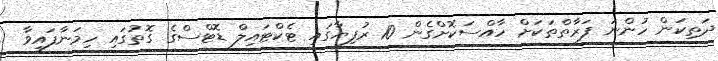
ދަތިކަން ހުންނަ ފަރާތްތަކަށް ހާއްސަކޮށްގެން 10 ރުފިޔާގައި ޓެކްޓައިލް ޑޮޓްސްގެ ގޮތުގައި ހިމަނާފައިވާ